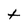
Character: t